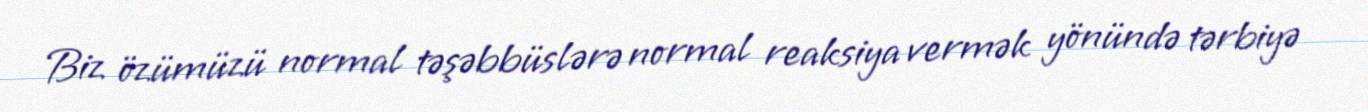
Biz özümüzü normal təşəbbüslərə normal reaksiya vermək yönündə tərbiyə